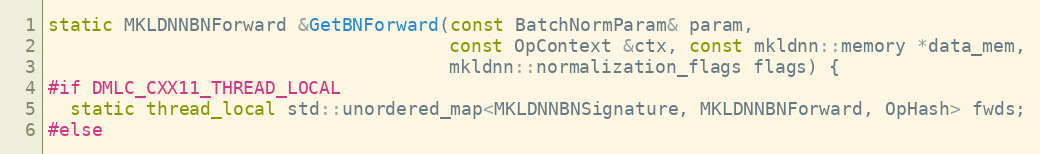
Language: C
static MKLDNNBNForward &GetBNForward(const BatchNormParam& param,
                                     const OpContext &ctx, const mkldnn::memory *data_mem,
                                     mkldnn::normalization_flags flags) {
#if DMLC_CXX11_THREAD_LOCAL
  static thread_local std::unordered_map<MKLDNNBNSignature, MKLDNNBNForward, OpHash> fwds;
#else